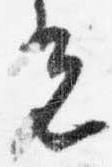
光